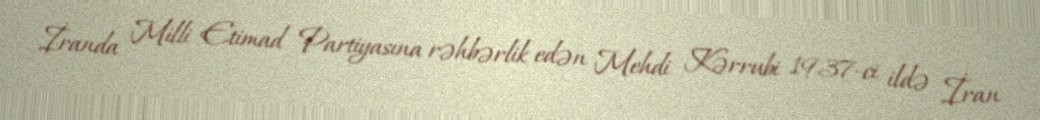
İranda Milli Etimad Partiyasına rəhbərlik edən Mehdi Kərrubi 1937-ci ildə İran